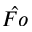
\hat { F o }